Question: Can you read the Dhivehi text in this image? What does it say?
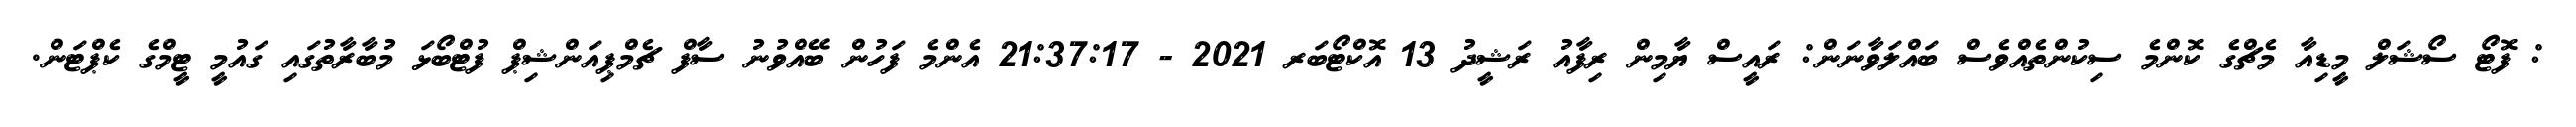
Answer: : ފޮޓޯ ސޯޝަލް މީޑިއާ މެޗްގެ ކޮންމެ ސިކުންތެއްވެސް ބައްލަވާނަން: ރައީސް ޔާމިން ރިފާއު ރަޝީދު 13 އޮކްޓޯބަރ 2021 - 21:37:17 އެންމެ ފަހުން ބޭއްވުނު ސާފް ޗެމްޕިއަންޝިޕް ފުޓްބޯޅަ މުބާރާތުގައި ގައުމީ ޓީމްގެ ކެޕްޓަން.